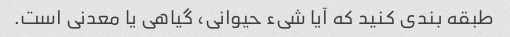
طبقه بندی کنید که آیا شیء حیوانی، گیاهی یا معدنی است.